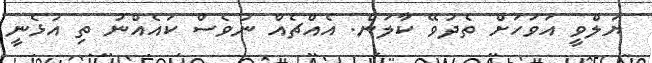
ޔަލްވީ އަަވަހަށް ތެދުވޭ ކާލަން. އެއްޗެއް ނުވެސް ކައެއްނު ތި އުޅެނީ